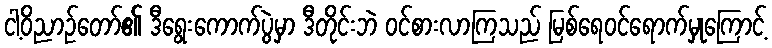
ငါ့ဝိညာဉ်တော်၏ ဒီရွေးကောက်ပွဲမှာ ဒီတိုင်းဘဲ ဝင်စားလာကြသည် မြစ်ရေဝင်ရောက်မှုကြောင့်